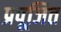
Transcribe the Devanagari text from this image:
प्रपूजित